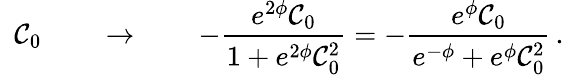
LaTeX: \, \, \, \mathcal{C}_{0}\qquad\rightarrow\qquad-\frac{{e^{2\phi}\mathcal{C}_{0}}}{{1+e^{2\phi}\mathcal{C}_{0}^{2}}}=-\frac{{e^{\phi}\mathcal{C}_{0}}}{{e^{-\phi}+e^{\phi}\mathcal{C}_{0}^{2}}}\, .